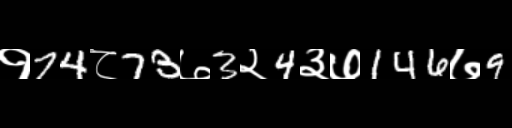
Text: १74८73७3२4३७146७9